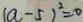
( a - 5 ) ^ { 2 } = 0